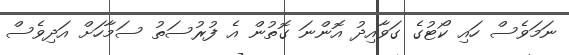
ނަމަވެސް ހައި ކޯޓުގެ ގަވާއިދު އޮންނަ ގޮތުން އެ ފުރުސަތު ސަމާހަށް އަދިވެސް